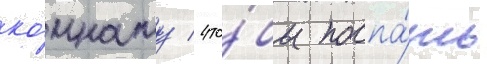
ко́мнату / что́бы поспа́ть